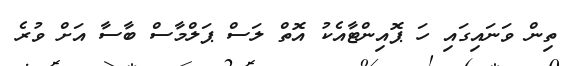
ތިން ވަނައިގައި ހަ ޕޮއިންޓާއެކު އޮތް ލަސް ޕަލްމާސް ބާސާ އަށް ވުރެ